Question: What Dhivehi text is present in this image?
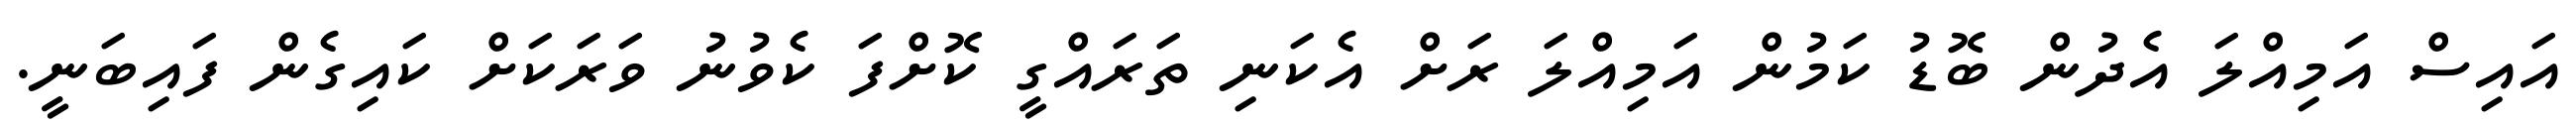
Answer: އައިސް އަމިއްލަ އެދުން ބޮޑު ކަމުން އަމިއްލަ ރަށް އެކަނި ތަރައްގީ ކޮށްފަ ކެވުނު ވަރަކަށް ކައިގެން ފައިބަނީ.